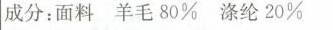
成分：面料 羊毛80% 涤纶20%